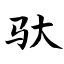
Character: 驮